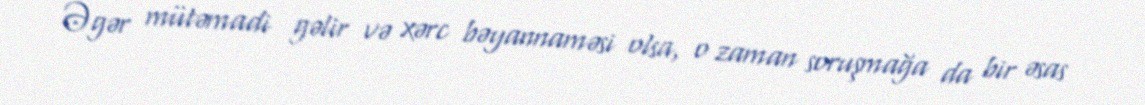
Əgər mütəmadi gəlir və xərc bəyannaməsi olsa, o zaman soruşmağa da bir əsas